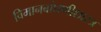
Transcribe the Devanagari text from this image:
विमानबांधणीशास्त्र